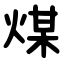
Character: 煤